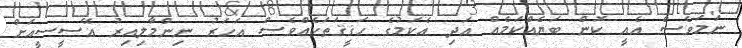
ނަމަވެސް އެއީ ކޮން ބަޔެއްކަމެއް އަދި އެކަމުގެ ހަޤީޤަތަކެއްވެސް އަހަރު ނިންމާލިއިރު އޭސީސީއަށް